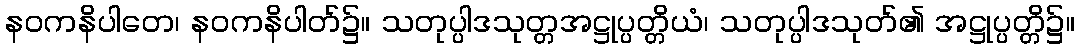
နဝကနိပါတေ၊ နဝကနိပါတ်၌။ သတုပ္ပါဒသုတ္တအဋ္ဌုပ္ပတ္တိယံ၊ သတုပ္ပါဒသုတ်၏ အဋ္ဌုပ္ပတ္တိ၌။